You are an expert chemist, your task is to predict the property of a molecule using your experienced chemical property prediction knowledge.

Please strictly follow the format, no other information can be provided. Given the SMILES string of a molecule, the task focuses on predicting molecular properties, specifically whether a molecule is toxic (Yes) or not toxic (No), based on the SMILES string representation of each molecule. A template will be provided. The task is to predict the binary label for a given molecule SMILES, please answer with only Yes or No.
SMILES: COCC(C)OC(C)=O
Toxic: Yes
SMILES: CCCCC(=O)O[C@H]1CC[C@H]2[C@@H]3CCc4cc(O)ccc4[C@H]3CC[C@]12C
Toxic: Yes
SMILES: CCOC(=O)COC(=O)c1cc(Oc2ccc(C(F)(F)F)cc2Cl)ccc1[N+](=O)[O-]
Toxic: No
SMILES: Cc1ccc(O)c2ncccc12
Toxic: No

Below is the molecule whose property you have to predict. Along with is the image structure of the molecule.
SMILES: Clc1ccc2cc3ccccc3cc2c1
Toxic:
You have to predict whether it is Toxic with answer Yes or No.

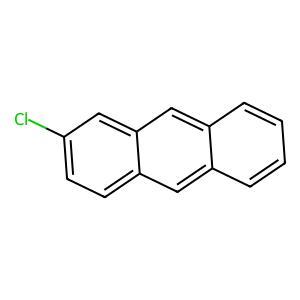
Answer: No